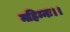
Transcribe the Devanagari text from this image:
महिम्नः।।